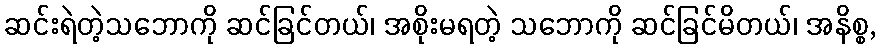
ဆင်းရဲတဲ့သဘောကို ဆင်ခြင်တယ်၊ အစိုးမရတဲ့ သဘောကို ဆင်ခြင်မိတယ်၊ အနိစ္စ,